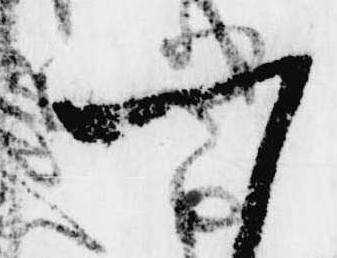
一